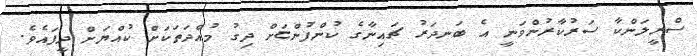
ސްރީލަންކާ ސަރުކާރުންވަނީ އެ ބަނދަރު ޗައިނާގެ ކުންފުންޏަށް ދިގު މުއްދަތަކަށް ކުއްޔަށް ދީފައެވެ.